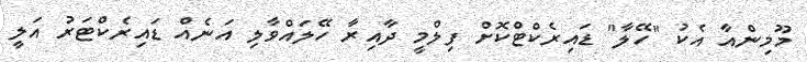
މޫމިންއާ އެކު "ހޭލާ" ޑައިރެކްޓްކޮށް ފިލްމީ ދާއިރާ ހޭލައްވާލި އަނެއް ޑައިރެކްޓަރު އަލީ